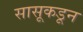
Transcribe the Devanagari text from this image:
सासूकडून